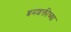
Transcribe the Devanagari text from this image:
श्रमशक्तीच्या